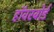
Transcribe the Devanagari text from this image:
हॉवरबोर्ड